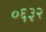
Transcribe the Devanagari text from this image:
०६३२